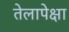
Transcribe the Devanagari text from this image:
तेलापेक्षा